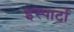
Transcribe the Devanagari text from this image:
इस्पार्टा